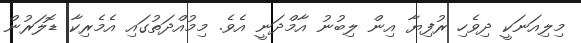
މިލިއަނަކީ ދިވެހި ރުފިޔާ އިން ލިބުނު އާމްދަނީ އެވެ. މިމުއްދަތުގައި އެމެރިކާ ޑޮލަރުން